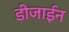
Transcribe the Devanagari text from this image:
डीजाईन